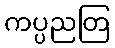
ကပ္ပညတြ